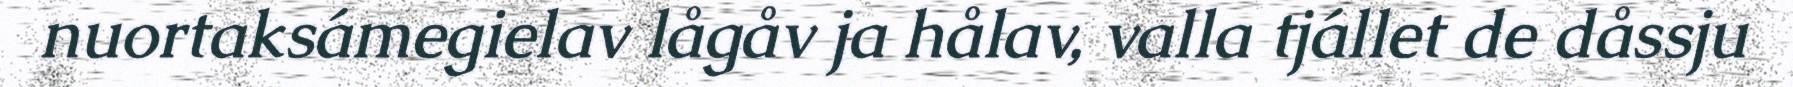
nuortaksámegielav lågåv ja hålav, valla tjállet de dåssju